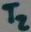
Text: T2